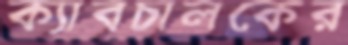
ক্যাবচালকের